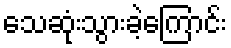
သေဆုံးသွားခဲ့ကြောင်း